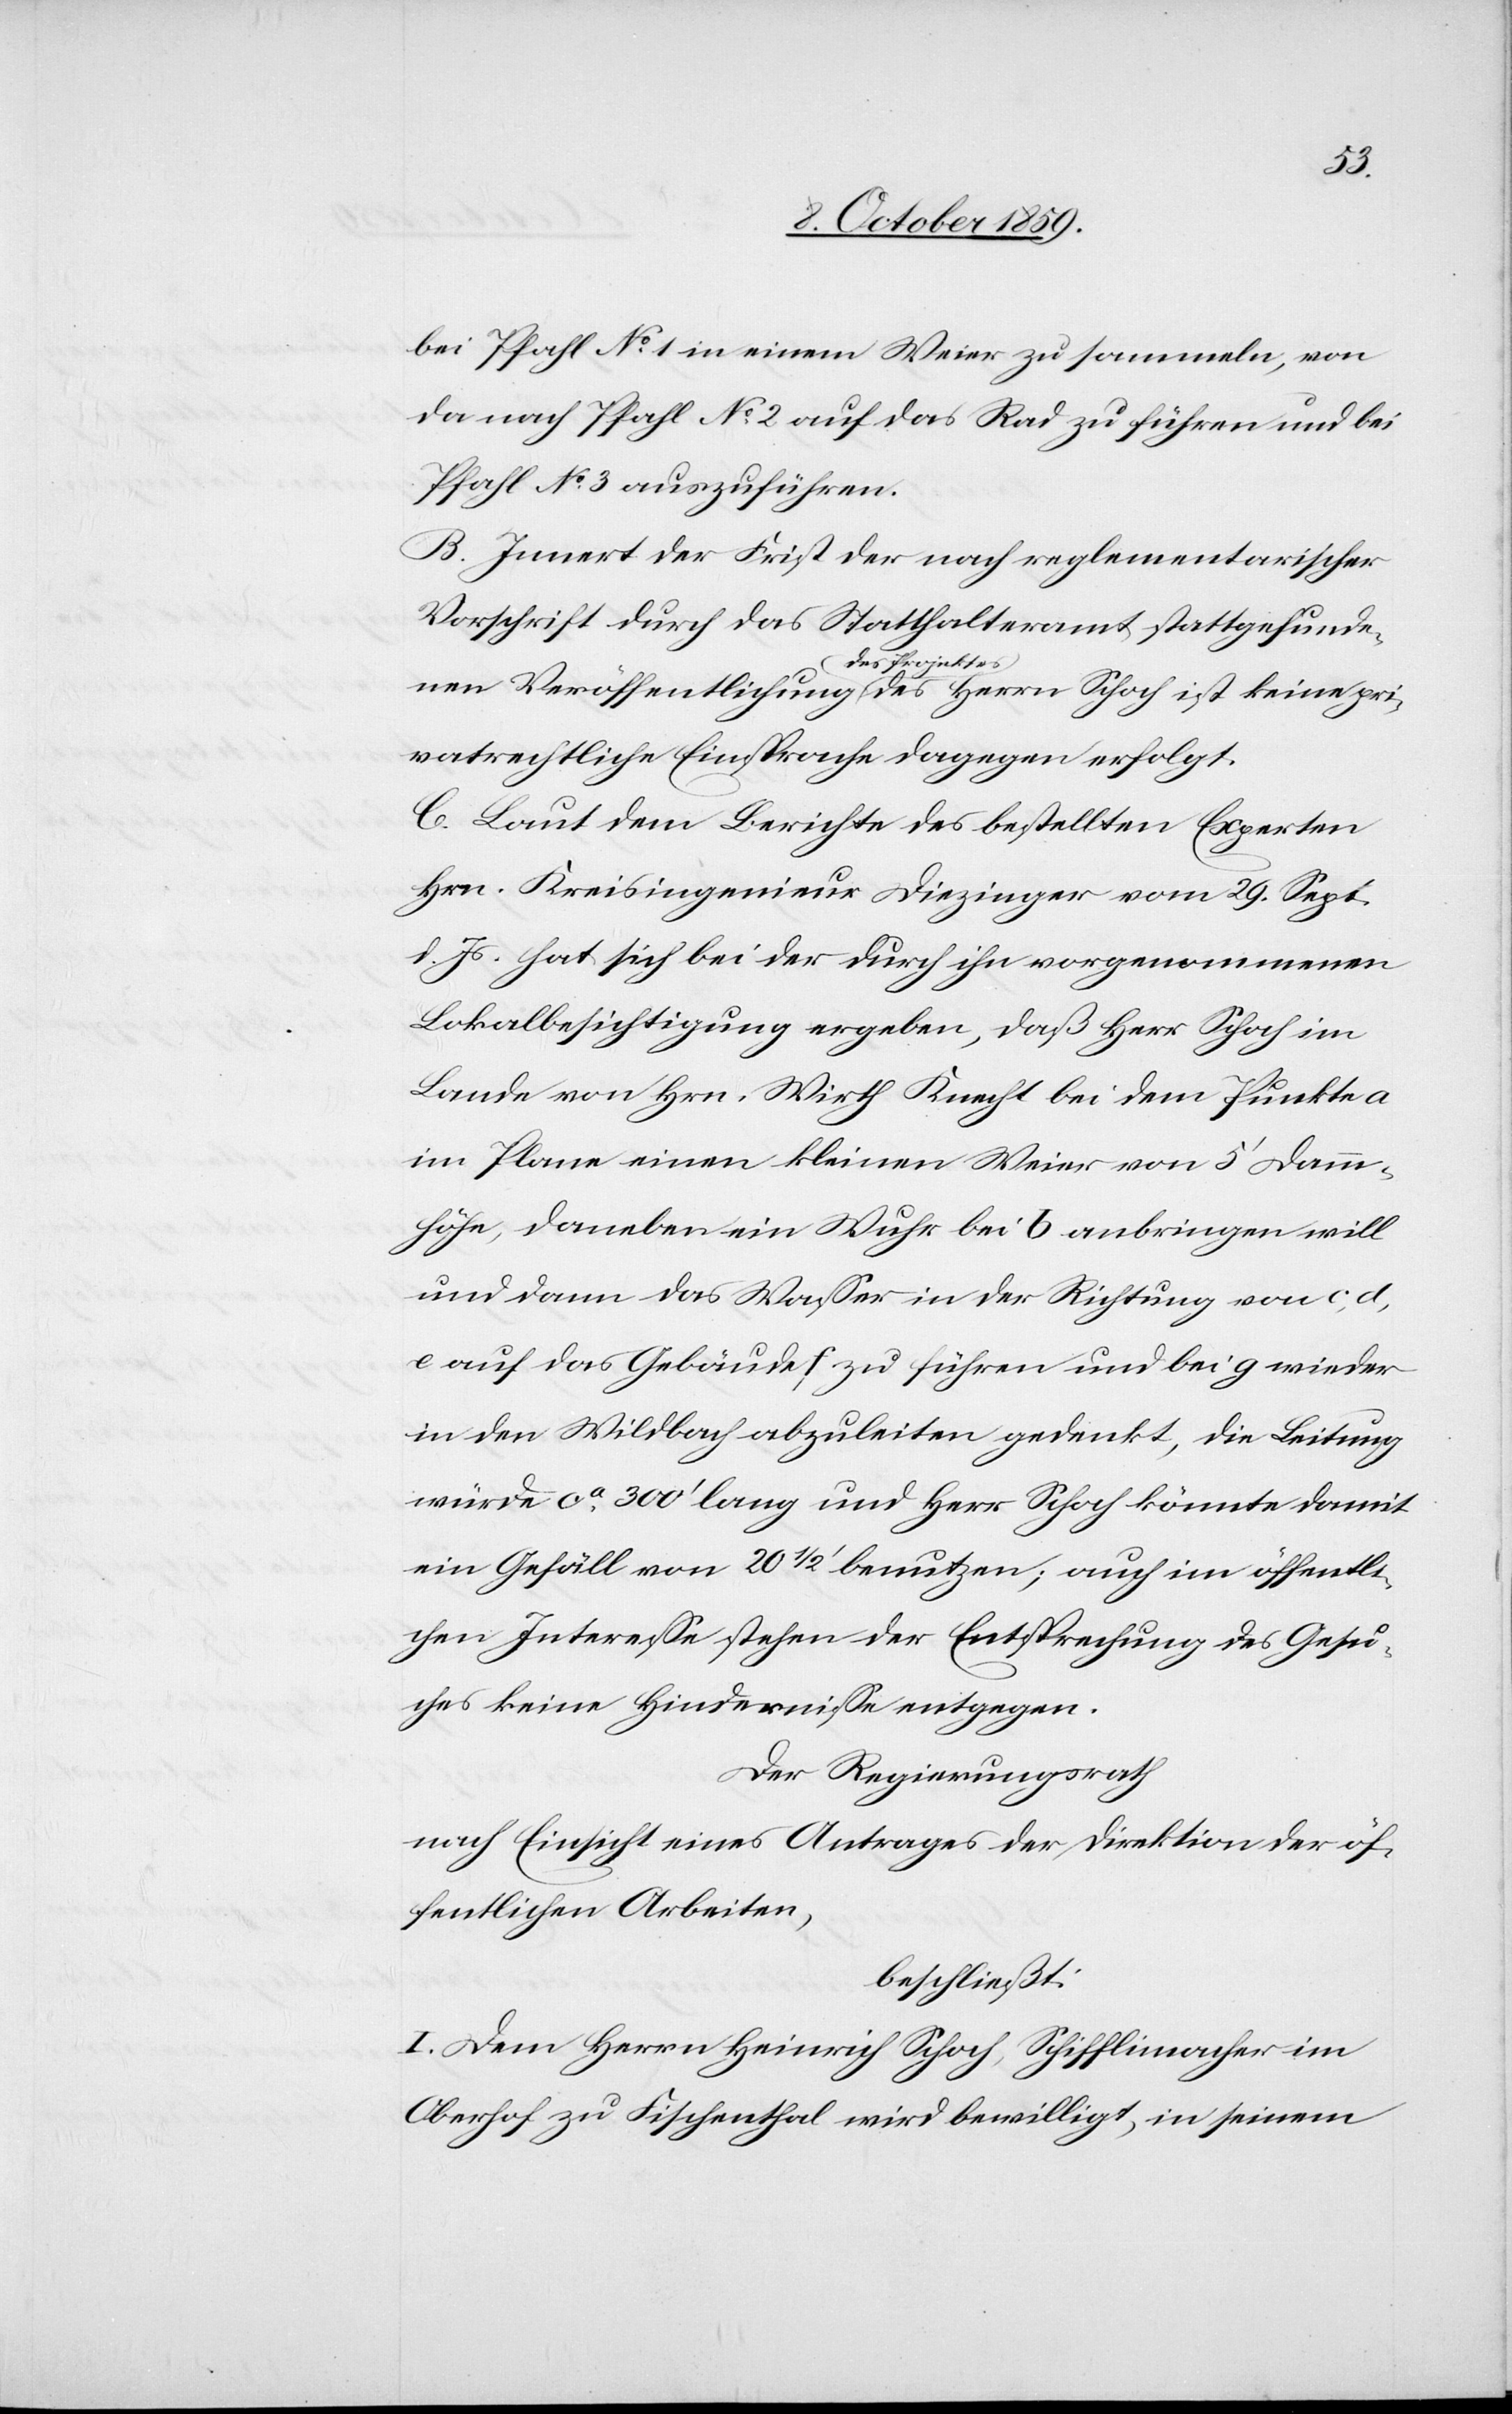
pri¬
bei Pfahl No 1 in einem Weier zu sammeln, von
da nach Pfahl No. 2 auf das Rad zu führen und bei
Pfahl No 3 auszuführen.
B. Innert der Frist der nach reglementarischer
Vorschrift durch das Statthalteramt stattgefundenen
des Herrn
vatrechtliche Einsprache dagegen erfolgt.
C. Laut dem Berichte des bestellten Experten
Hrn. Kreisingenieur Diezinger vom 29. Sept.
d. Js. hat sich bei der durch ihn vorgenommenen
Lokalbesichtigung ergeben, daß Herr Schoch im
Lande von Hrn. Wirth Knecht bei dem Punkte a
im Plane einen kleinen Weier von 5' Damm¬
höhe, daneben ein Wuhr bei b anbringen will
und dann das Wasser in der Richtung von c, d,
e auf das Gebäude f zu führen und bei g wieder
in den Wildbach abzuleiten gedenkt, die Leitung
würde ca 300' lang und Herr Schoch könnte damit
ein Gefäll von 201/2' benutzen; auch im öffentli¬
chen Interesse stehen der Entsprechung des Gesu¬
ches keine Hindernisse entgegen.
Der Regierungsrath
nach Einsicht eines Antrages der Direktion der öf¬
fentlichen Arbeiten
beschließt:
I. Dem Herrn Heinrich Schoch, Schifflimacher im
Oberhof zu Fischenthal wird bewilligt, in seinem